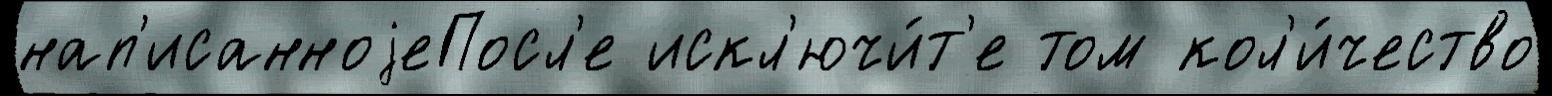
нап'исанноjеПосл'е искл'ючи́т'е том кол'и́чество